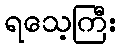
ရသေ့ကြီး